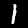
Digit: 1